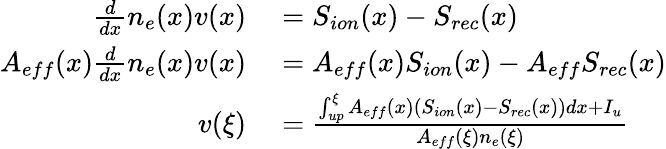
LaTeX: \begin{array}{rl}{\frac{d}{dx}n_{e}(x)v(x)}&{{}=S_{ion}(x)-S_{rec}(x)}\\ {A_{eff}(x)\frac{d}{dx}n_{e}(x)v(x)}&{{}=A_{eff}(x)S_{ion}(x)-A_{eff}S_{rec}(x)}\\ {v(\xi)}&{{}=\frac{\int_{up}^{\xi}A_{eff}(x)(S_{ion}(x)-S_{rec}(x))dx+I_{u}}{A_{eff}(\xi)n_{e}(\xi)}}\end{array}